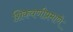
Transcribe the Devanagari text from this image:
शिकवणीप्रमाणे